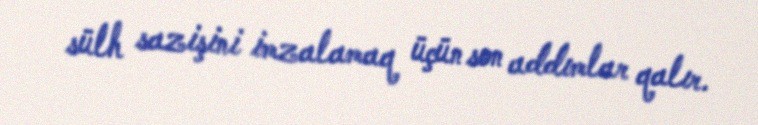
sülh sazişini imzalamaq üçün son addımlar qalır.